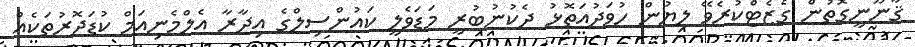
ޤާނޫނީގޮތުން ގެޒެޓްކުރެވޭ ލިޔުން ހުވަދުއަތޮޅު ދެކުނުބުރީ މަޑަވެލީ ކައުންސިލްގެ އިދާރާ އެލްމެނިއަމް ކުޑަދޮރުތަކެއް